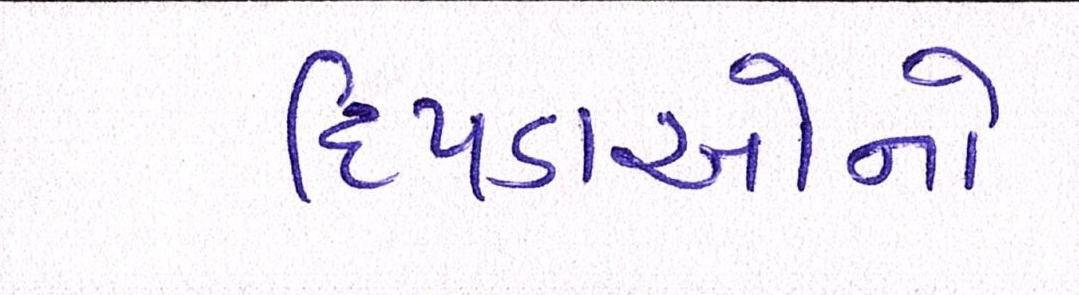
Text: દિપડાઓનો